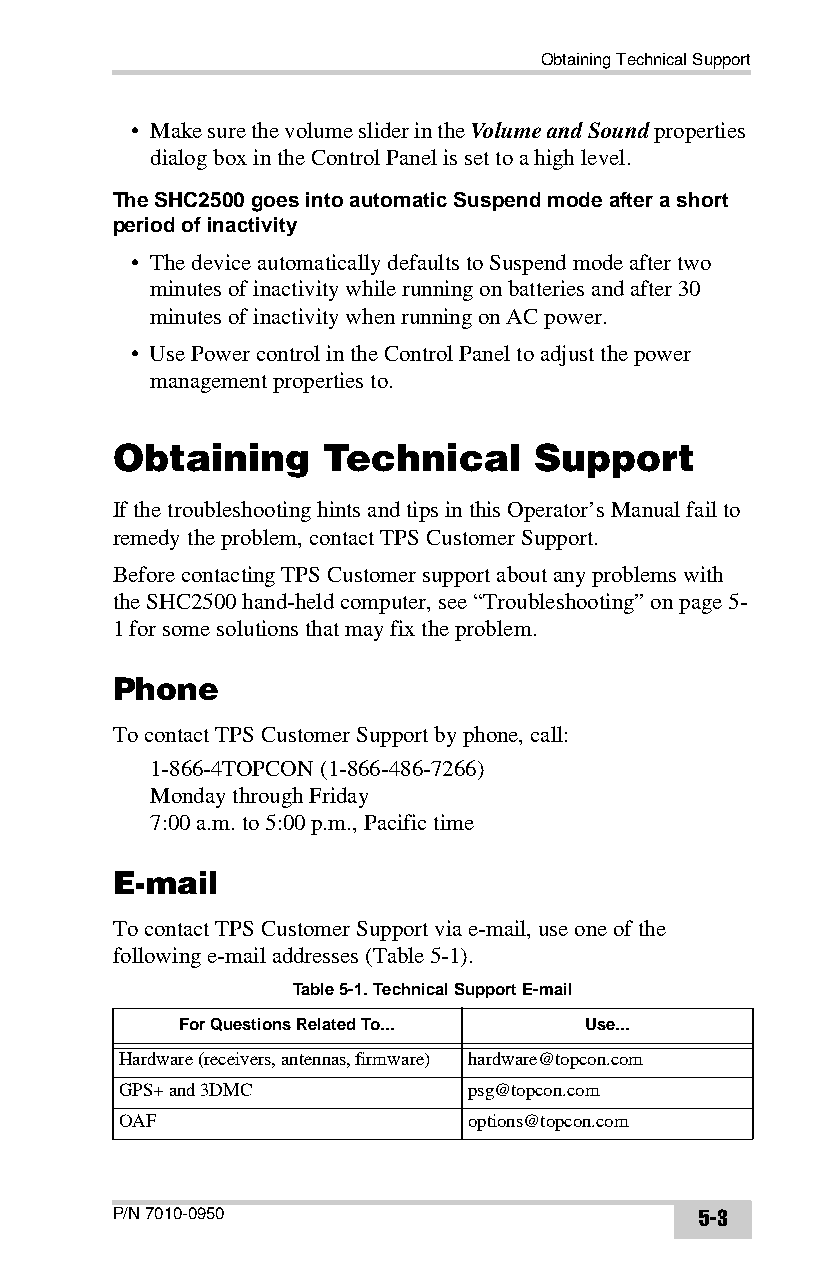
Obtaining Technical Support
 • Make sure the volume slider in the Volume and Sound properties
 dialog box in the Control Panel is set to a high level.
 The SHC2500 goes into automatic Suspend mode after a short
 period of inactivity
 • The device automatically defaults to Suspend mode after two
 minutes of inactivity while running on batteries and after 30
 minutes of inactivity when running on AC power.
 • Use Power control in the Control Panel to adjust the power
 management properties to.
 Obtaining     Technical     Support
 If the troubleshooting hints and tips in this Operator’s Manual fail to
 remedy the problem, contact TPS Customer Support.
 Before contacting TPS Customer support about any problems with
 the SHC2500 hand-held computer, see “Troubleshooting” on page5-
 1 for some solutions that may fix the problem.
 Phone
 To contact TPS Customer Support by phone, call:
 1-866-4TOPCON (1-866-486-7266)
 Monday through Friday
 7:00 a.m. to 5:00 p.m., Pacific time
 E-mail
 To contact TPS Customer Support via e-mail, use one of the
 following e-mail addresses (Table5-1).
 Table 5-1. Technical Support E-mail
 For Questions Related To... Use...
 Hardware (receivers, antennas, firmware) hardware@topcon.com
 GPS+ and 3DMC          psg@topcon.com
 OAF                    options@topcon.com
 P/N 7010-0950                          5-3